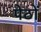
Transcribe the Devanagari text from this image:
पेठों